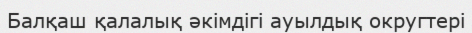
Балқаш қалалық әкімдігі ауылдық округтері